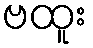
ဗထူး